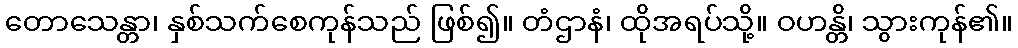
တောသေန္တာ၊ နှစ်သက်စေကုန်သည် ဖြစ်၍။ တံဌာနံ၊ ထိုအရပ်သို့။ ဝဟန္တိ၊ သွားကုန်၏။